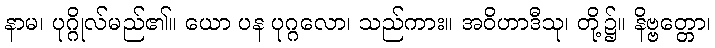
နာမ၊ ပုဂ္ဂိုလ်မည်၏။ ယော ပန ပုဂ္ဂလော၊ သည်ကား။ အဝိဟာဒီသု၊ တို့၌။ နိဗ္ဗတ္တော၊